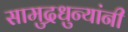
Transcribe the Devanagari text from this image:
सामुद्रधुन्यांनी